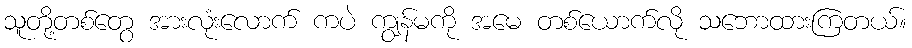
သူတို့တစ်တွေ အားလုံးလောက် ကပဲ ကျွန်မကို အမေ တစ်ယောက်လို သဘောထားကြတယ်။